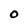
Character: O